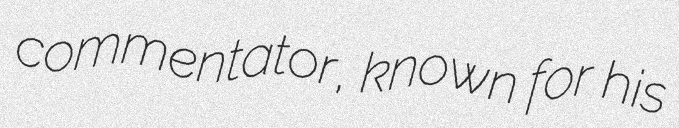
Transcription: commentator, known for his